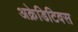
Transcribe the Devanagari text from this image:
अक्रेडिटिवस